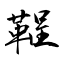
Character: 鞓